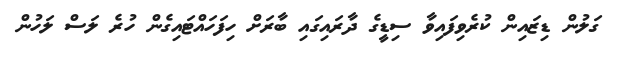
ގަލުން ޑިޒައިން ކުރެވިފައިވާ ސިޑީގެ ދާރައިގައި ބާރަށް ހިފަހައްޓައިގެން ހުރެ ލަސް ލަހުން